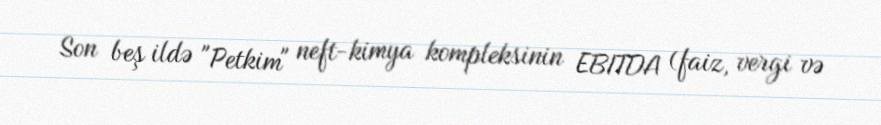
Son beş ildə "Petkim" neft-kimya kompleksinin EBITDA (faiz, vergi və